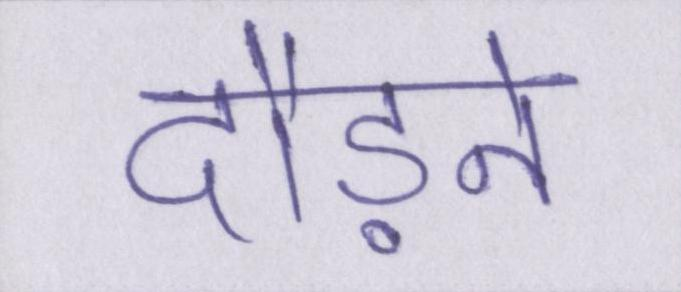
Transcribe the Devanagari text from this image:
दौड़ने